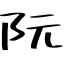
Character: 阮